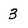
Character: 3